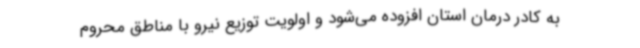
به کادر درمان استان افزوده می‌شود و اولویت توزیع نیرو با مناطق محروم